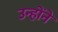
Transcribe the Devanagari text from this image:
उन्होंने